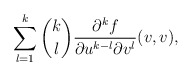
\begin{align*} \sum_{l=1}^k\binom{k}{l}\frac{\partial^kf}{\partial u^{k-l}\partial v^l}(v,v),\end{align*}